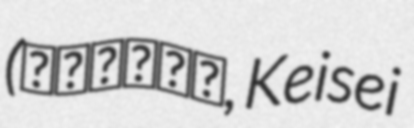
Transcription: (京成津田沼駅, Keisei